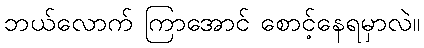
ဘယ်လောက် ကြာအောင် စောင့်နေရမှာလဲ။